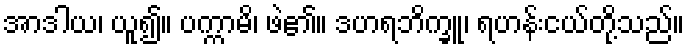
အာဒါယ၊ ယူ၍။ ပက္ကာမိ၊ ဖဲ၏။ ဒဟရဘိက္ခူ၊ ရဟန်းငယ်တို့သည်။